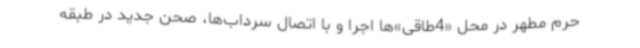
حرم مطهر در محل «4طاقی»ها اجرا و با اتصال سرداب‌ها، صحن جدید در طبقه